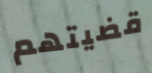
قضيتهم